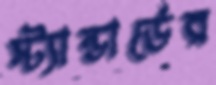
স্ট্যান্ডার্ডের